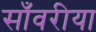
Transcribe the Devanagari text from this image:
साँवरीया